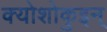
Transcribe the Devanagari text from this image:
क्योशोकुइन्